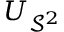
U _ { \mathcal { S } ^ { 2 } }